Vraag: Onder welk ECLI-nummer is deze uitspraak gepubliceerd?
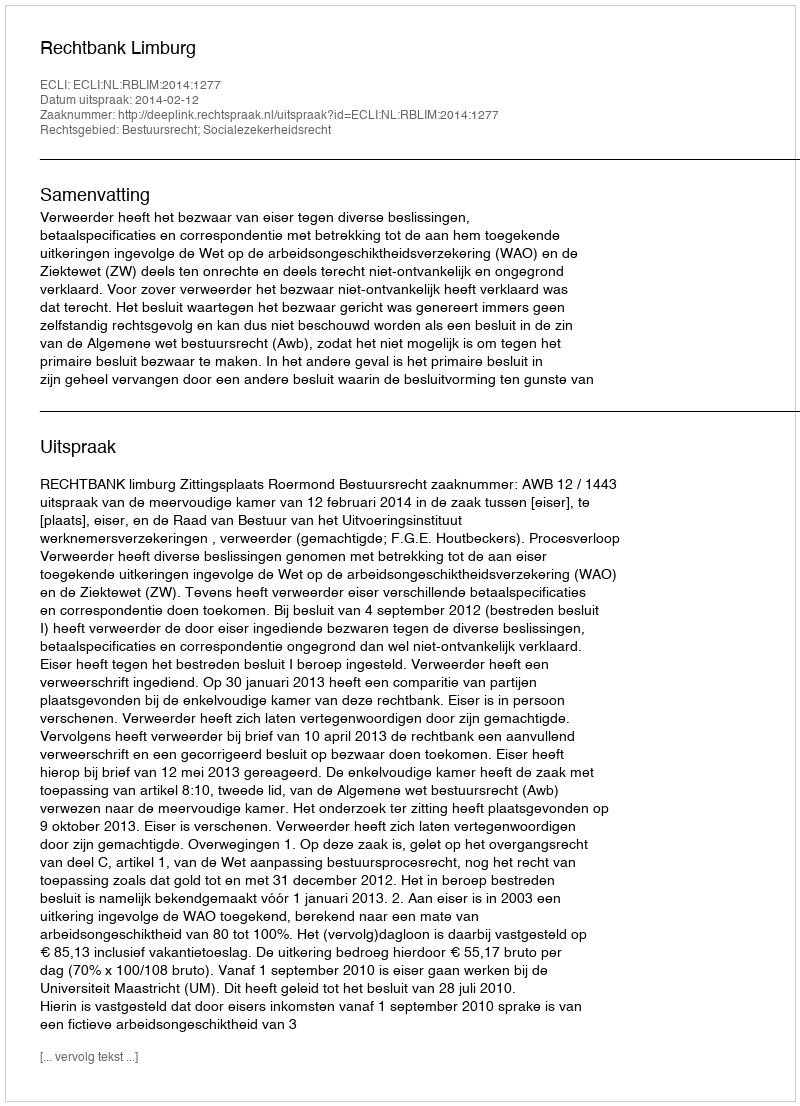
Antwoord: ECLI:NL:RBLIM:2014:1277